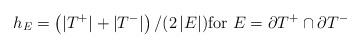
\begin{align*}h_E = \left( |T^+| + |T^-| \right) / ( 2 \, |E| ) \text{for $E= \partial T^+ \cap\partial T^-$}\end{align*}